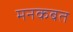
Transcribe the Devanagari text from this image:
मनकबत